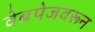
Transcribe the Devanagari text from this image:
वेबपेजवरून